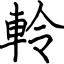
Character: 軨